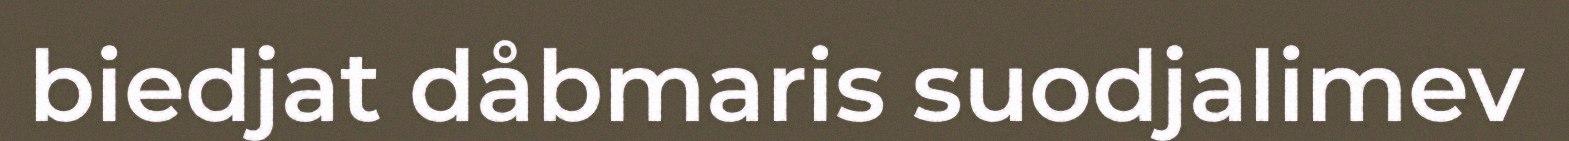
biedjat dåbmaris suodjalimev